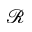
\mathcal { R }